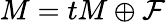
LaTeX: M=tM\oplus\mathcal{F}